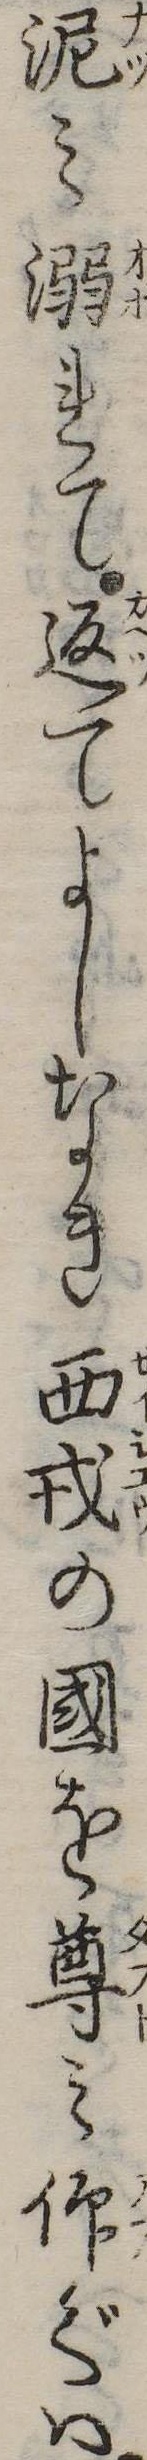
泥み溺れて返てよしなき西戎の国を尊み仰ぐは